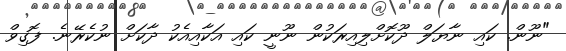
"ނޫން. ކައި ނާޔަލް ދޫކޮށްލިއިރަކުން ނޫނީ ކައި އަކާއިއެކު ދާކަށް ނުކެރޭނެ. ފޮގިވް